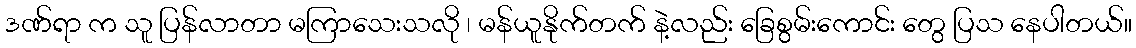
ဒဏ်ရာ က သူ ပြန်လာတာ မကြာသေးသလို ၊ မန်ယူနိုက်တက် နဲ့လည်း ခြေစွမ်းကောင်း တွေ ပြသ နေပါတယ်။